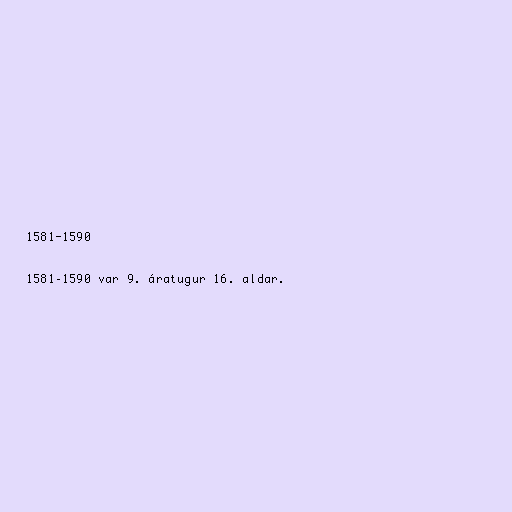
1581-1590

1581–1590 var 9. áratugur 16. aldar.